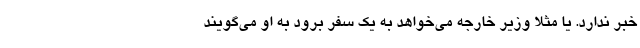
خبر ندارد. یا مثلا وزیر خارجه می‌خواهد به یک سفر برود به او می‌گویند